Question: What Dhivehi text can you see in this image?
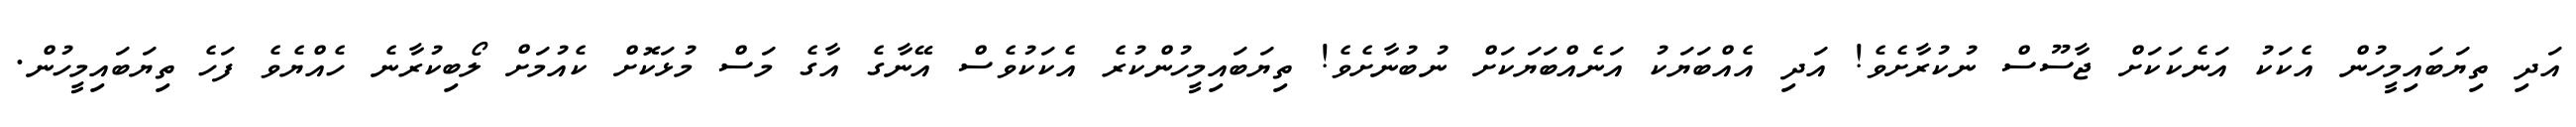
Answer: އަދި ތިޔަބައިމީހުން އެކަކު އަނެކަކަށް ޖާސޫސް ނުކުރާށެވެ! އަދި އެއްބަޔަކު އަނެއްބަޔަކަށް ނުބުނާށެވެ! ތިޔަބައިމީހުންކުރެ އެކަކުވެސް އޭނާގެ އާގެ މަސް މުޅަކޮށް ކެއުމަށް ލޯބިކުރާނެ ހެއްޔެވެ ފަހެ ތިޔަބައިމީހުން.